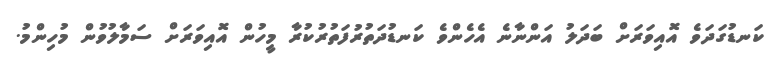
ކަނޑުގަދަވެ އޮއިވަރަށް ބަދަލު އަންނާނެ އެހެންވެ ކަނޑުދަތުރުފަތުރުކުރާ މީހުން އޮއިވަރަށް ސަމާލުވުން މުހިންމު.